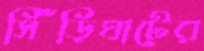
সিঁড়িঘাটের